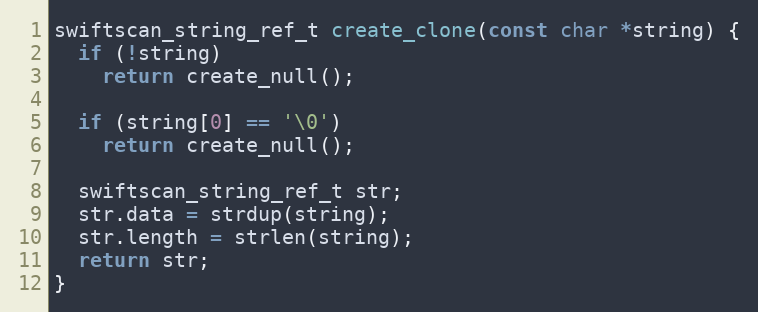
Language: C++
swiftscan_string_ref_t create_clone(const char *string) {
  if (!string)
    return create_null();

  if (string[0] == '\0')
    return create_null();

  swiftscan_string_ref_t str;
  str.data = strdup(string);
  str.length = strlen(string);
  return str;
}